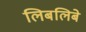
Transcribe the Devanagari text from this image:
लिबलिबे